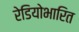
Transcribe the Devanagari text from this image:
रेडियोभारित